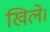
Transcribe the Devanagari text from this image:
खिले।